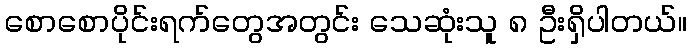
စောစောပိုင်းရက်တွေအတွင်း သေဆုံးသူ ၈ ဦးရှိပါတယ်။